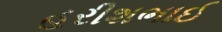
હરીશભાઈ